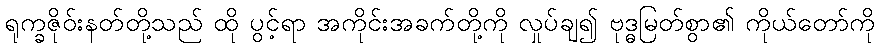
ရုက္ခဇိုဝ်းနတ်တို့သည် ထို ပွင့်ရာ အကိုင်းအခက်တို့ကို လှုပ်ချ၍ ဗုဒ္ဓမြတ်စွာ၏ ကိုယ်တော်ကို